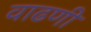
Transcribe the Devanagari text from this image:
वाढणी